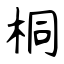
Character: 桐